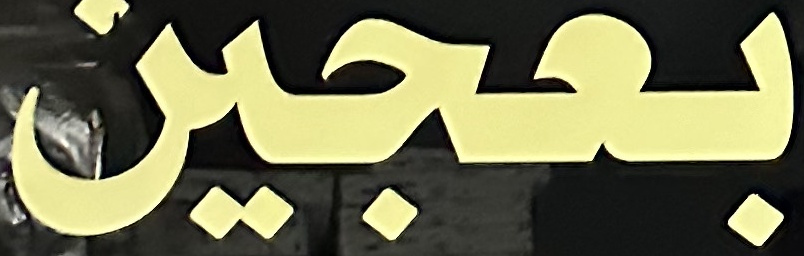
بعجين